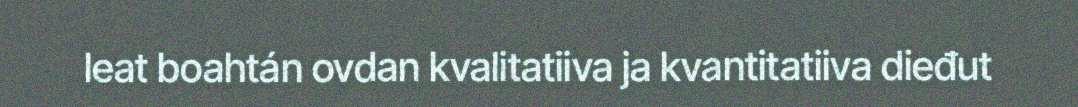
leat boahtán ovdan kvalitatiiva ja kvantitatiiva dieđut